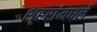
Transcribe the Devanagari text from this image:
शहरांमधले